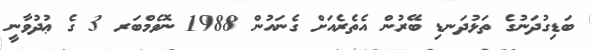
ބަޑިގުދަނުގެ ތަޅުދަނޑި ބޭރުން އެތެރެއަށް ގެނައުން 1988 ނޮވެމްބަރ 3 ގެ ޢުދުވާނީ